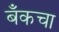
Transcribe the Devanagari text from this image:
बँकचा